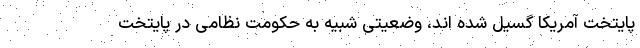
پایتخت آمریکا گسیل شده اند، وضعیتی شبیه به حکومت نظامی در پایتخت